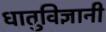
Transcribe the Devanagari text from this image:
धातुविज्ञानी